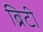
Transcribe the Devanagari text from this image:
ब्रिटी